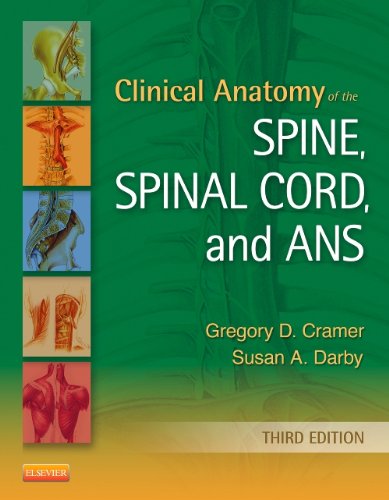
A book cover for Clinical Anatomy of the Spine, Spinal Cord, and ANS, 3e; Gregory D. Cramer DC  PhD; Medical Books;